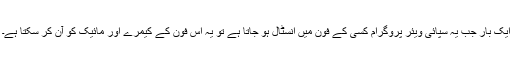
ایک بار جب یہ سپائی ویئر پروگرام کسی کے فون میں انسٹال ہو جاتا ہے تو یہ اس فون کے کیمرے اور مائیک کو آن کر سکتا ہے۔